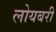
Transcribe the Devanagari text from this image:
लोयबरी